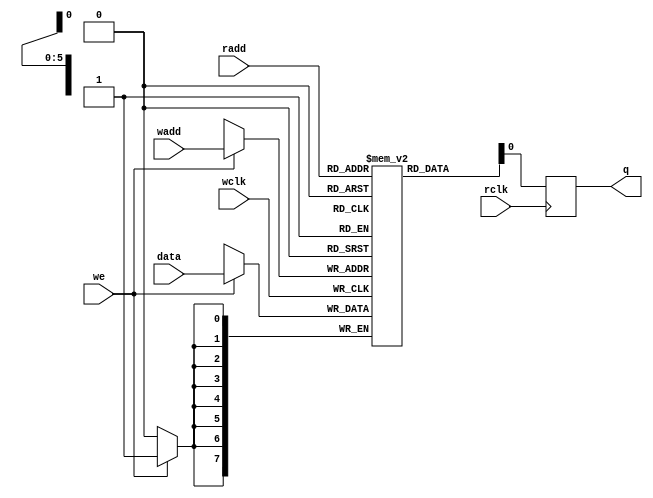
module ram_dual_port(we,data,q,wclk,rclk,radd,wadd);
  input [7:0]data;
  input [5:0]radd,wadd;
  input we,wclk,rclk;
  output reg q;
  reg [7:0]ram[63:0];
  always @(posedge rclk)
    begin
      q <= ram[radd];
    end
  always @(posedge wclk)
    begin
      if(we)
        ram[wadd] <= data;
    end
endmodule